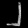
Digit: ၂